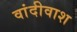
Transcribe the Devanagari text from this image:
वांदीवाश